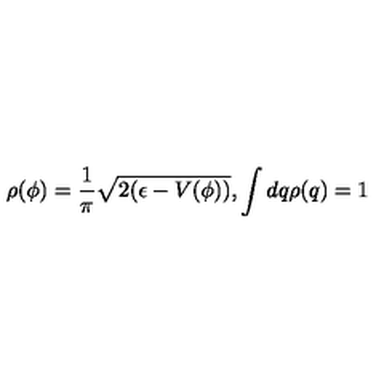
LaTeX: \rho ( \phi ) = \frac { 1 } { \pi } \sqrt { 2 ( \epsilon - V ( \phi ) ) } , \int d q \rho ( q ) = 1